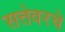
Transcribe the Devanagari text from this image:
सत्तेवरचे